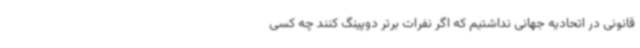
قانونی در اتحادیه جهانی نداشتیم که اگر نفرات برتر دوپینگ کنند چه کسی